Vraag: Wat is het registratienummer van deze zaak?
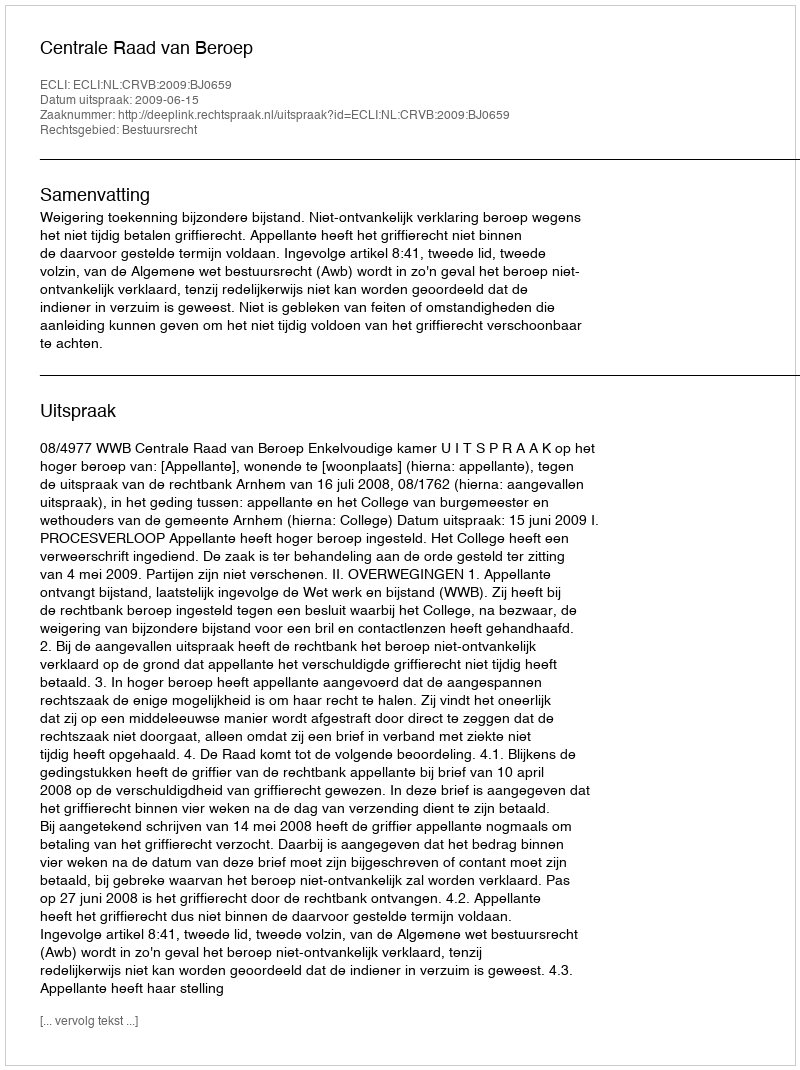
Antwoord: http://deeplink.rechtspraak.nl/uitspraak?id=ECLI:NL:CRVB:2009:BJ0659